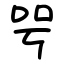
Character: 㕺